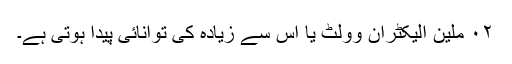
٠٢ ملین الیکٹران وولٹ یا اس سے زیادہ کی توانائی پیدا ہوتی ہے۔